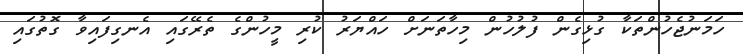
ހަމަނުޖެހުންތަކާ ގުޅިގެން ފުލުހުން މިހާތަނަށް ހައްޔަރު ކުރި މީހުންގެ ތެރޭގައި އެނގިފައިވާ ގޮތުގައި